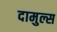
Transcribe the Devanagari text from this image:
दामुल्स